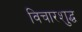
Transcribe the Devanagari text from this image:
विचारशुद्ध